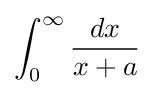
\int _{0}^{\infty }{\frac {dx}{x+a}}